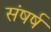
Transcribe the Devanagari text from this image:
संषर्ष